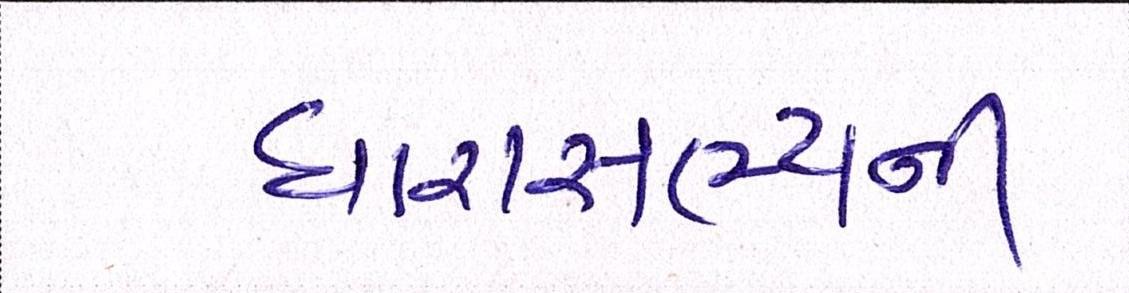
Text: ધારાસભ્યની